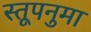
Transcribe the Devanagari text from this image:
स्तूपनुमा